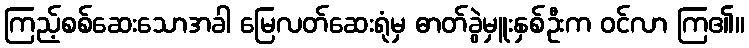
ကြည့်စစ်ဆေးသောအခါ မြေလတ်ဆေးရုံမှ ဓာတ်ခွဲမှူးနှစ်ဦးက ဝင်လာ ကြ၏။